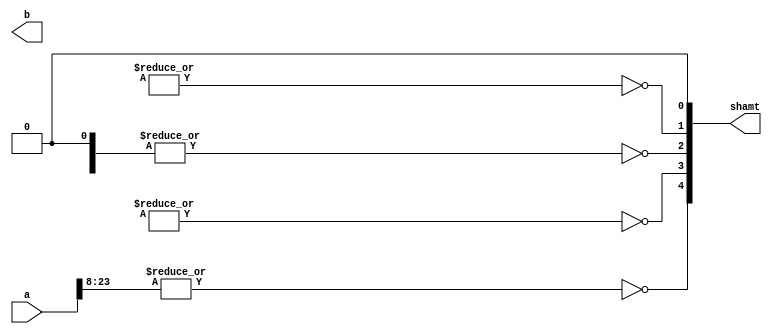
module shift_even_bits(a,b,shamt);
	input [23:0]a;
	output [23:0]b;
	output [4:0] shamt;
	wire [23:0] a5,a4,a3,a2,a1,a0;
	assign a5 = a;
	assign shamt[4] = ~|a5[23:8];
	assign a[4] = shamt[4]?{a5[7:0],16'b0} :a5;
	assign shamt[3] = ~|a4[23:16];
	assign a[3] = shamt[3]?{a4[15:0],8'b0} :a4;
	assign shamt[2] = ~|a3[23:20];
	assign a[2] = shamt[2]?{a3[19:0],4'b0} :a3;
	assign shamt[1] = ~|a2[23:22];
	assign a[1] = shamt[1]?{a2[21:0],2'b0} :a2;
	assign shamt[0] = 0;
	assign b = a1;
	

endmodule